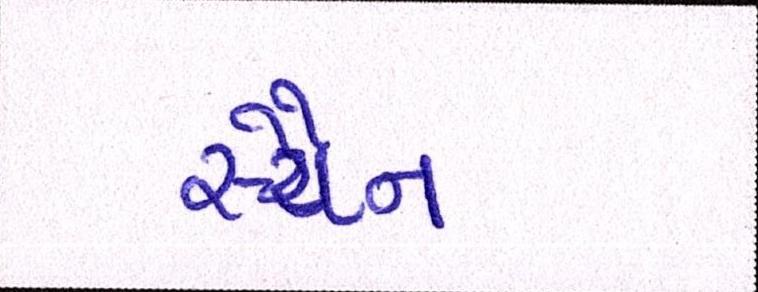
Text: સ્ચૈન